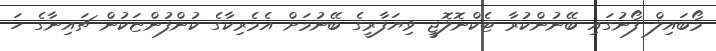
މޯބައިލް ފޯނުގައި ބޭނުންކުރާ ޓެކްނޮލޮޖީ ވިޔަފާރީގެ ބޭނުމަށް އެމެރިކާގެ ކުންފުންޏަކުން ޗައިނާގެ ހަ